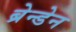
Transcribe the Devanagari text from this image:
ब्रेन्डेन